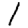
Digit: 1